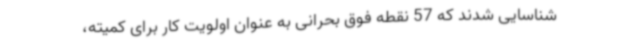
شناسایی شدند که 57 نقطه فوق بحرانی به عنوان اولویت کار برای کمیته،